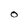
Character: O